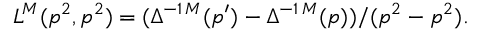
L ^ { M } ( p ^ { 2 } , p ^ { 2 } ) = ( \Delta ^ { - 1 \, M } ( p ^ { \prime } ) - \Delta ^ { - 1 \, M } ( p ) ) / ( p ^ { 2 } - p ^ { 2 } ) .